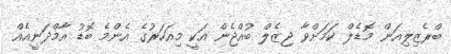
ބްރެޒިލިއަން މޮޑެލް ކަމަށްވާ ޖިޒެލް ބުއްޖެން އަކީ މިއަހަރުގެ އެންމެ ބޮޑު އާމްދަނީއެއް